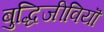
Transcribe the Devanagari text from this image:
बुद्धिजीवियॊं